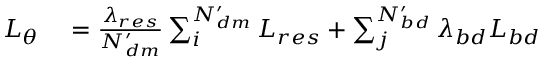
\begin{array} { r l } { L _ { \theta } } & { { } = \frac { \lambda _ { r e s } } { N _ { d m } ^ { \prime } } \sum _ { i } ^ { N _ { d m } ^ { \prime } } L _ { r e s } + \sum _ { j } ^ { N _ { b d } ^ { \prime } } \lambda _ { b d } L _ { b d } } \end{array}